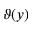
\vartheta ( y )